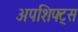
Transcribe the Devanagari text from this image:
अपशिफ्ट्स